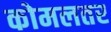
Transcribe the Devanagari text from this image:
कोमलतर